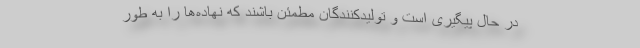
در حال پیگیری است و تولیدکنندگان مطمئن باشند که نهاده‌ها را به طور